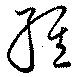
經